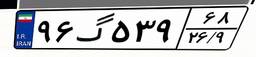
۹۶گ۵۳۹۶۸